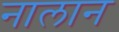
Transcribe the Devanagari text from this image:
नालान